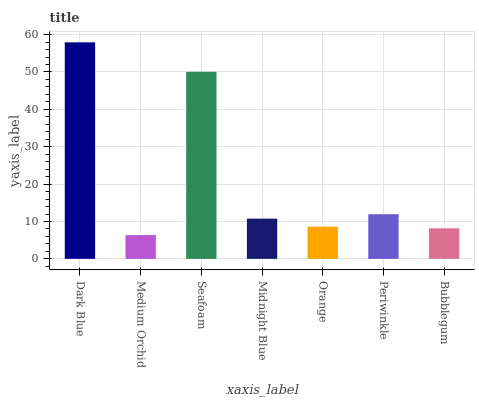
| xaxis_label | bars |
 | --- | --- |
 | Dark Blue | 57.9 |
 | Medium Orchid | 6.37 |
 | Seafoam | 50.1 |
 | Midnight Blue | 10.8 |
 | Orange | 8.62 |
 | Periwinkle | 12 |
 | Bubblegum | 8.18 |